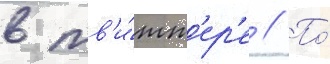
в тв'и́тт'ер'е // По́